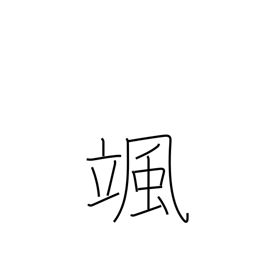
Meaning: sound of the wind